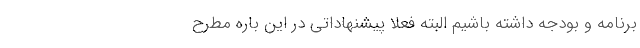
برنامه و بودجه داشته باشیم البته فعلا پیشنهاداتی در این باره مطرح